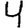
Digit: 4